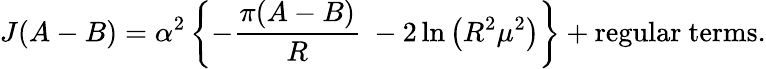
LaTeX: J(A-B)=\alpha^{2}\left\{ -\frac{\pi(A-B)}{R}\ -2\ln\left(R^{2}\mu^{2}\right)\right\} +\mathrm{regular~terms}.